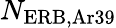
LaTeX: N_{\mathrm{ERB,Ar39}}